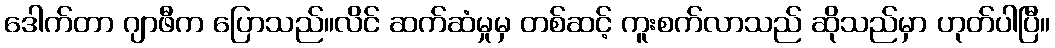
ဒေါက်တာ ဂျာဖီက ပြောသည်။လိင် ဆက်ဆံမှုမှ တစ်ဆင့် ကူးစက်လာသည် ဆိုသည်မှာ ဟုတ်ပါပြီ။